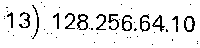
13) 128.256.64.10